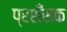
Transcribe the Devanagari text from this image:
प्रशँसक